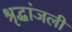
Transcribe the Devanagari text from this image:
श्रृद्धांजली